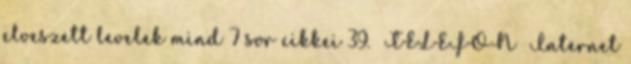
elveszett levelek mind 7 sor cikkei 39. TELEFON Internet